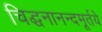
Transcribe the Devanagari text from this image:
चिद्घनानन्दमूर्तये